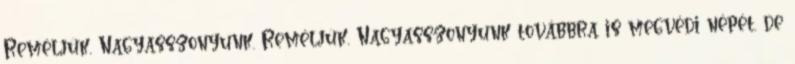
Reméljük, Nagyasszonyunk. Reméljük, Nagyasszonyunk továbbra is megvédi népét, de